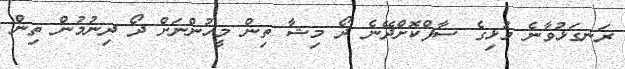
ރަނގަޅުވާނެ މުޅިގެ ސާފްކޮށްދޭނެ ދޯ މިޝާ ތިން މީހުންނަށް ދޯ ދިނުމުން ތިން